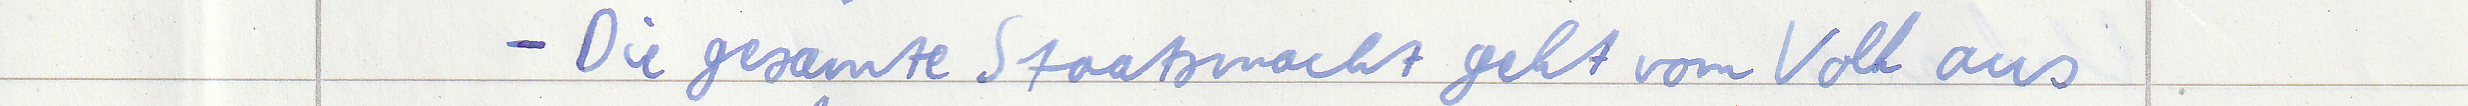
- Die gesamte Staatsmacht geht vom Volk aus